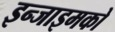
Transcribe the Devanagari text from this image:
इन्जाइमको